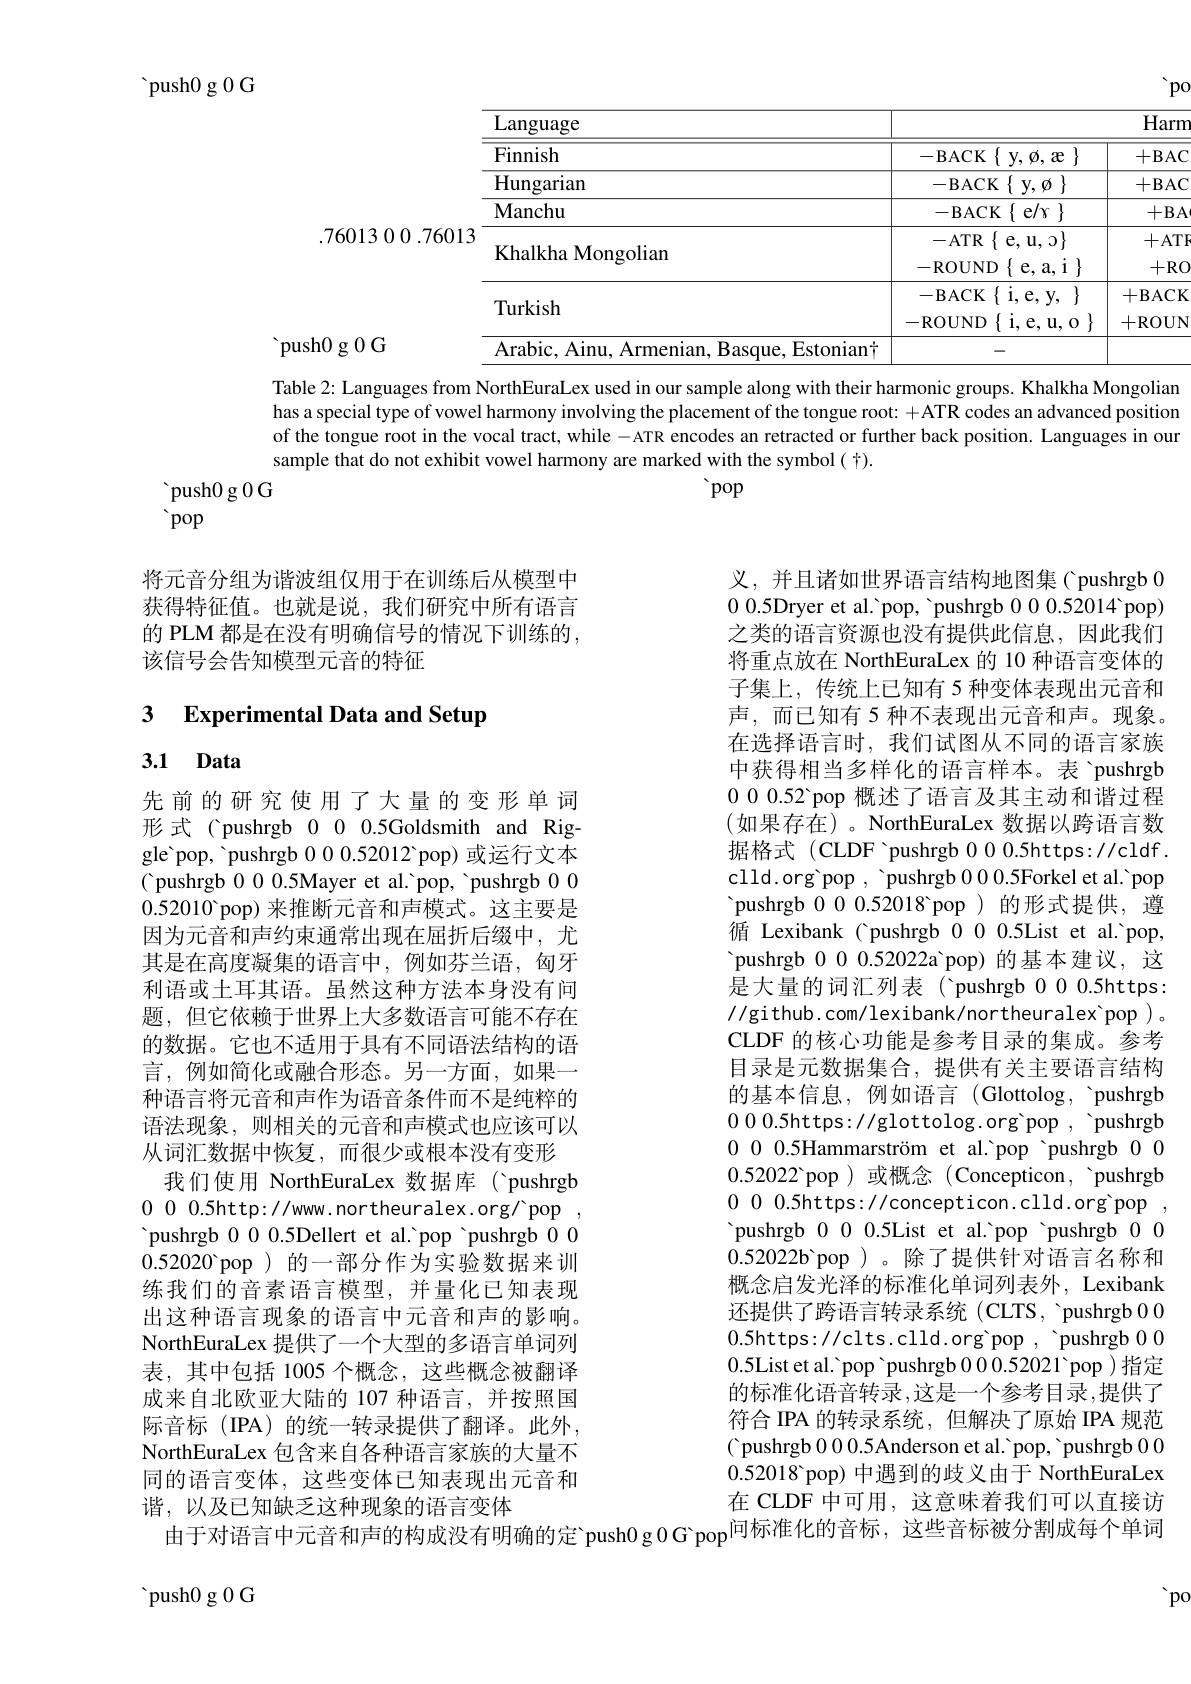
${\mathrm{push}}0$g 0 G

$pc$

<table>
	<tbody>
		<tr>
			<th> </th>
			<th>Language</th>
			<th> </th>
			<th>Harn</th>
		</tr>
		<tr>
			<td> </td>
			<td>Finnish</td>
			<td>$-\mathbf{BACK}$ $\{$y,$\phi$,æ$\}$</td>
			<td>+BAC</td>
		</tr>
		<tr>
			<td> </td>
			<td>${\mathrm{Hungarian}}$</td>
			<td>$-BACK$ $\{$ $\mathbf{y} $, $\phi$ $\}$</td>
			<td>+BAC</td>
		</tr>
		<tr>
			<td> </td>
			<td>$\mathbf{Manchu}$</td>
			<td>-BACK$\{$e/r$\}$</td>
			<td>$+BA$</td>
		</tr>
		<tr>
			<td rowspan="3">76013</td>
			<td>Khalkha Mongolian</td>
			<td>-ATR$\{$e,u,$\mathfrak{o}\}$ -ROUND $)\{$e,a,i$\}$</td>
			<td>+AT. +RC</td>
		</tr>
		<tr>
			<td>Turkish</td>
			<td>$-\mathbf{BACK}$ $\{$ i, e, y, $\}$ -ROUND $\{$i,e,u,o$\}$</td>
			<td>+BACK +ROUN</td>
		</tr>
		<tr>
			<td>Arabic, Ainu, Armenian, Basque, Estonian'</td>
			<td> </td>
			<td> </td>
		</tr>
	</tbody>
</table>

.76013 0 0

${\mathrm{~push0~g~0~G}}$

Table 2: Languages from NorthEuraLex used in our sample along with their harmonic groups. Khalkha Mongolian has a special type of vowel harmony involving the placement of the tongue root: +ATR codes an advanced position of the tongue root in the vocal tract, while - ATR encodes an retracted or further back position. Languages in our sample that do not exhibit vowel harmony are marked with the symbol( t).
 pop

${\text{push}0}$g 0 G
pop

将元音分组为谐波组仅用于在训练后从模型中获得特征值。也就是说，我们研究中所有语言的 PLM 都是在没有明确信号的情况下训练的， 该信号会告知模型元音的特征

# 3 Experimental Data and Setup

# 3.1 Data

先前的研究使用了大量的变形单词形式(pushrgb 000.5Goldsmith and Riggle'pop, 'pushrgb 000.52012 pop)或运行文本( pushrgb 000.5Mayer et al.'pop, 'pushrgb 000.52010 pop) 来推断元音和声模式。这主要是因为元音和声约束通常出现在屈折后缀中，尤其是在高度凝集的语言中，例如芬兰语，匈牙利语或土耳其语。虽然这种方法本身没有问题，但它依赖于世界上大多数语言可能不存在的数据。它也不适用于具有不同语法结构的语言，例如简化或融合形态。另一方面，如果一种语言将元音和声作为语音条件而不是纯粹的语法现象，则相关的元音和声模式也应该可以从词汇数据中恢复，而很少或根本没有变形
我们使用 NorthEuraLex 数据库('pushrgb 0 0 0.5http://www. northeuralex. org/ pop , 'pushrgb 000.5Dellert et al.'pop 'pushrgb 00 $0.52020^{\circ}$pop)的一部分作为实验数据来训练我们的音素语言模型，并量化已知表现出这种语言现象的语言中元音和声的影响。NorthEuraLex 提供了一个大型的多语言单词列表，其中包括 1005 个概念，这些概念被翻译成来自北欧亚大陆的 107 种语言，并按照国际音标(IPA)的统一转录提供了翻译。此外， NorthEuraLex 包含来自各种语言家族的大量不同的语言变体，这些变体已知表现出元音和

 push0 g 0 G

义，并且诸如世界语言结构地图集( pushrgb 00.0.5Dryer et al.'pop, 'pushrgb 000.52014 pop) 之类的语言资源也没有提供此信息，因此我们将重点放在 NorthEuraLex 的 10 种语言变体的子集上，传统上已知有 5 种变体表现出元音和声，而已知有 5 种不表现出元音和声。现象。在选择语言时，我们试图从不同的语言家族中获得相当多样化的语言样本。表 'pushrgb 000.52 pop 概述了语言及其主动和谐过程(如果存在)。NorthEuraLex 数据以跨语言数据格式 (CLDF 'pushrgb 00.5https://cldf. clld.org'pop , 'pushrgb 000.5Forkel et al.'pop 'pushrgb 000.52018 pop)的形式提供，遵循 Lexibank ( pushrgb 000.5List et al.'pop, 'pushrgb 000.52022a'pop)的基本建议，这是大量的词汇列表('pushrgb 00.5https: //github.com/lexibank/northeuralex'pop)。CLDF 的核心功能是参考目录的集成。参考目录是元数据集合，提供有关主要语言结构的基本信息，例如语言(Glottolog, 'pushrgb 000.5https://glottolog.org'pop, 'pushrgb 000.5Hammarström et al.'pop 'pushrgb 000.52022 pop )或概念 (Concepticon, 'pushrgb 000.5https://concepticon.clld.org'pop, 'pushrgb 000.5List et al.'pop 'pushrgb 000.52022b'pop )。除了提供针对语言名称和概念启发光泽的标准化单词列表外，Lexibank 还提供了跨语言转录系统 (CLTS, 'pushrgb 0 00.5https://clts.clld.org'pop, 'pushrgb 000.5List et al. 'pop 'pushrgb 0.0.52021'pop )指定的标准化语音转录，这是一个参考目录，提供了符合 IPA 的转录系统，但解决了原始 IPA 规范( pushrgb 0 0 0.5Anderson et al. 'pop, ' pushrgb 0 00.52018 pop) 中遇到的歧义由于 NorthEuraLex 在 CLDF 中可用，这意味着我们可以直接访
谐，以及已知缺乏这种现象的语言变体   在 CLDF 中可用，这意味着我们可以直接访由于对语言中元音和声的构成没有明确的定 push0 g 0 G pop$^{\text{问标准化的音标，这些音标被分割成每个单词}}$

$po$